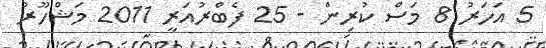
5 އަހަރު 8 މަސް ކުރިން - 25 ފެބްރުއަރީ 2011 މަޝްހޫރު